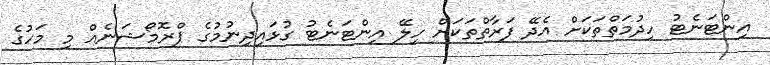
އިންޓަނެޓު ހިދުމަތްތަކަށް އެދޭ ފަރާތްތަކަށް ހިލޭ އިންޓަނެޓު ގުޅައިދިނުމުގެ ޕްރޮމޯޝަނެއް މި މަހުގެ